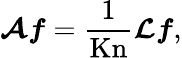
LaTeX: \boldsymbol{\mathcal{A}}\boldsymbol{f}=\frac{1}{\mathrm{Kn}}\boldsymbol{\mathcal{L}}\boldsymbol{f},